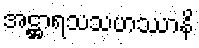
အဋ္ဌာရသသဟဿာနိ